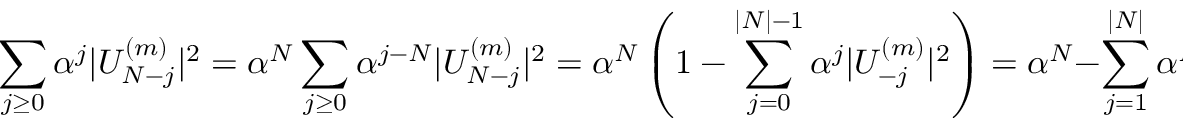
\sum _ { j \ge 0 } { \alpha ^ { j } | U _ { N - j } ^ { ( m ) } | ^ { 2 } } = \alpha ^ { N } \sum _ { j \ge 0 } { \alpha ^ { j - N } | U _ { N - j } ^ { ( m ) } | ^ { 2 } } = \alpha ^ { N } \left( 1 - \sum _ { j = 0 } ^ { | N | - 1 } { \alpha ^ { j } | U _ { - j } ^ { ( m ) } | ^ { 2 } } \right) = \alpha ^ { N } - \sum _ { j = 1 } ^ { | N | } { \alpha ^ { N - j } | U _ { j - N } ^ { ( m ) } | ^ { 2 } } ,